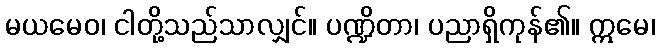
မယမေဝ၊ ငါတို့သည်သာလျှင်။ ပဏ္ဍိတာ၊ ပညာရှိကုန်၏။ ဣမေ၊